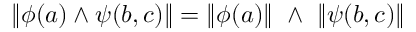
\| \phi ( a ) \land \psi ( b , c ) \| = \| \phi ( a ) \| \ \land \ \| \psi ( b , c ) \|